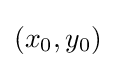
(x_{0},y_{0})